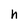
Character: n